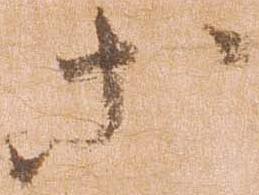
等